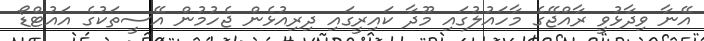
އޭނާ ވިދާޅުވީ ރާއްޖޭގެ މާހައުލުގައި މޫދާ ކައިރީގައި ދިރިއުޅެން ޖެހުމުން އޭސީތަކުގެ އައުޓްޑޯ